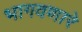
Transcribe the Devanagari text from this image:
भागवणारे